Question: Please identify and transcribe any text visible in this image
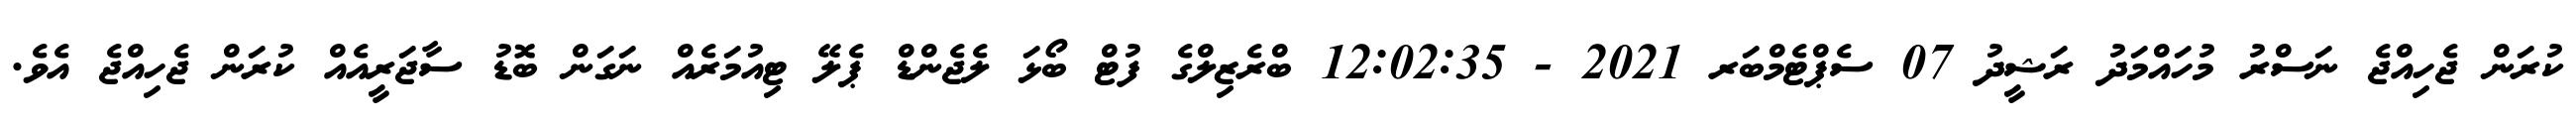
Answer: ކުރަން ޖެހިއްޖެ ނަސްރު މުހައްމަދު ރަޝީދު 07 ސެޕްޓެމްބަރ 2021 - 12:02:35 ބްރެޒިލްގެ ފުޓް ބޯޅަ ލެޖެންޑް ޕެލޭ ޓިއުމަރެއް ނަގަން ބޮޑު ސާޖަރީއެއް ކުރަން ޖެހިއްޖެ އެވެ.